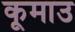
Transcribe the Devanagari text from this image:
कूमाउ